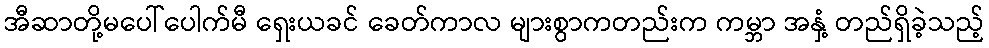
အီဆာတို့မပေါ်ပေါက်မီ ရှေးယခင် ခေတ်ကာလ များစွာကတည်းက ကမ္ဘာ အနှံ့ တည်ရှိခဲ့သည့်